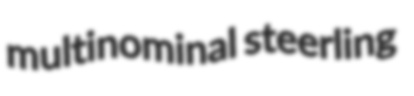
multinominal steerling